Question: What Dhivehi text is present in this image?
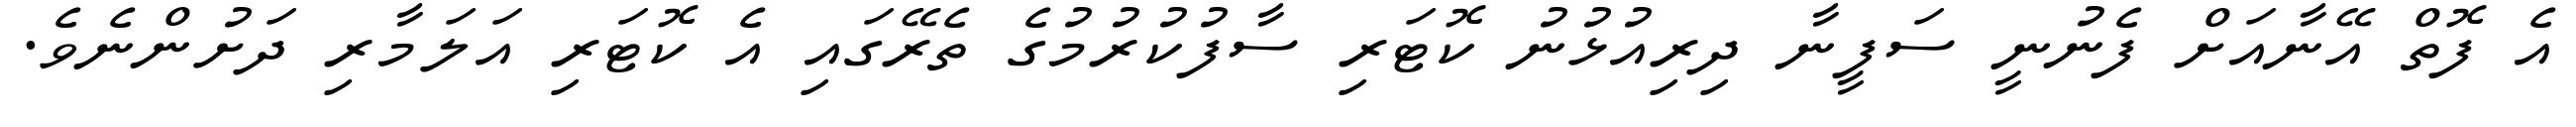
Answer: އެ ފޮތް އޭނާއަށް ފެނުނީ ސަފީނާ ދިރިއުޅުނު ކޮޓަރި ސާފުކުރުމުގެ ތެރޭގައި އެ ކޮޓަރި އަލަމާރި ދަށުންނެވެ.